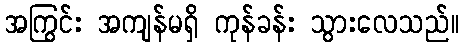
အကြွင်း အကျန်မရှိ ကုန်ခန်း သွားလေသည်။